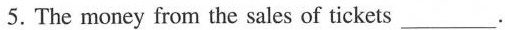
5. The money from the sales of tickets ___.